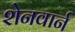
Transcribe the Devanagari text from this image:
शेनवार्न